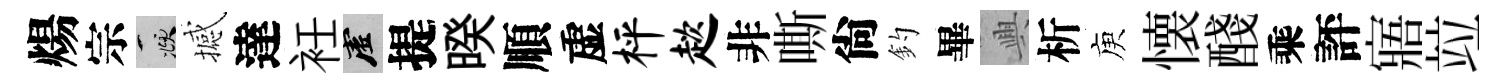
煬宗頫撼達衽虚提暌順虚枰趑非嘶尙釣畢興析庾懐醆乘評寤竝